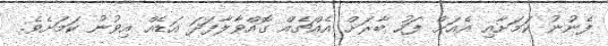
ފެނުނު ކަމަށާއި އެއަށް ފަހު ބާރަށް އެއްޗެއް ގޮއްވާލާފަދަ އަޑެއް އިވުނު ކަމަށެވެ.